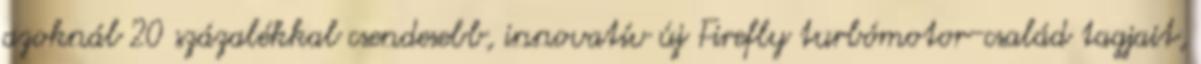
azoknál 20 százalékkal csendesebb, innovatív új Firefly turbómotor-család tagjait,